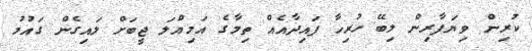
ކުރިން ވިޔަފާރިން ލިބޭ ހުރިހާ ފައިދާއެއް ތިމާގެ އަމިއްލަ ޖީބަށް ލައިގެން ގައުމު